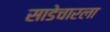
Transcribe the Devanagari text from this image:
साडेचारला